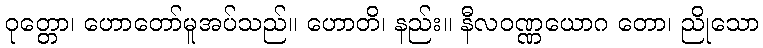
ဝုတ္တော၊ ဟောတော်မူအပ်သည်။ ဟောတိ၊ နည်း။ နီလဝဏ္ဏယောဂ တော၊ ညိုသော